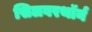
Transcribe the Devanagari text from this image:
सिलवरथॉर्न